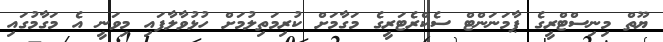
ޔޫތް މިނިސްޓްރީގެ ޕާމަނަންޓް ސެކްރެޓަރީގެ މަގާމަށް ކުރިމަތިލުމަށް ހުޅުވާލާފައި މިވަނީ އެ މަގާމުގައި